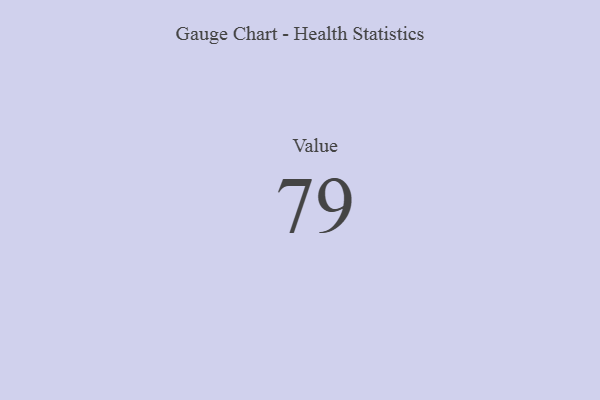
{"axis": {"x": "Metric", "y": "Value"}, "legend": [""], "data": [{"x": "Value", "y": 79, "type": ""}]}